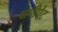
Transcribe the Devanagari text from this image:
पापीपेट